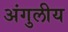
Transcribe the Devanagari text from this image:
अंगुलीय